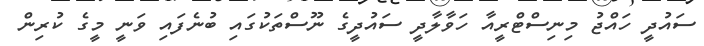
ސައުދީ ހައްޖު މިނިސްޓްރީއާ ހަވާލާދީ ސައުދީގެ ނޫސްތަކުގައި ބުނެފައި ވަނީ މީގެ ކުރިން